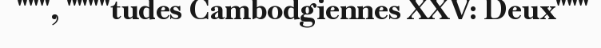
""", """"tudes Cambodgiennes XXV: Deux"""